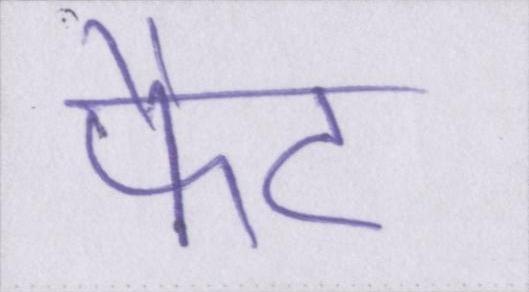
फैट